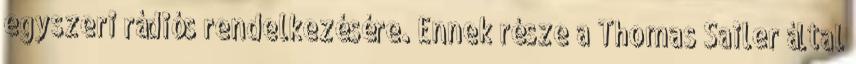
egyszeri rádiós rendelkezésére. Ennek része a Thomas Sailer által